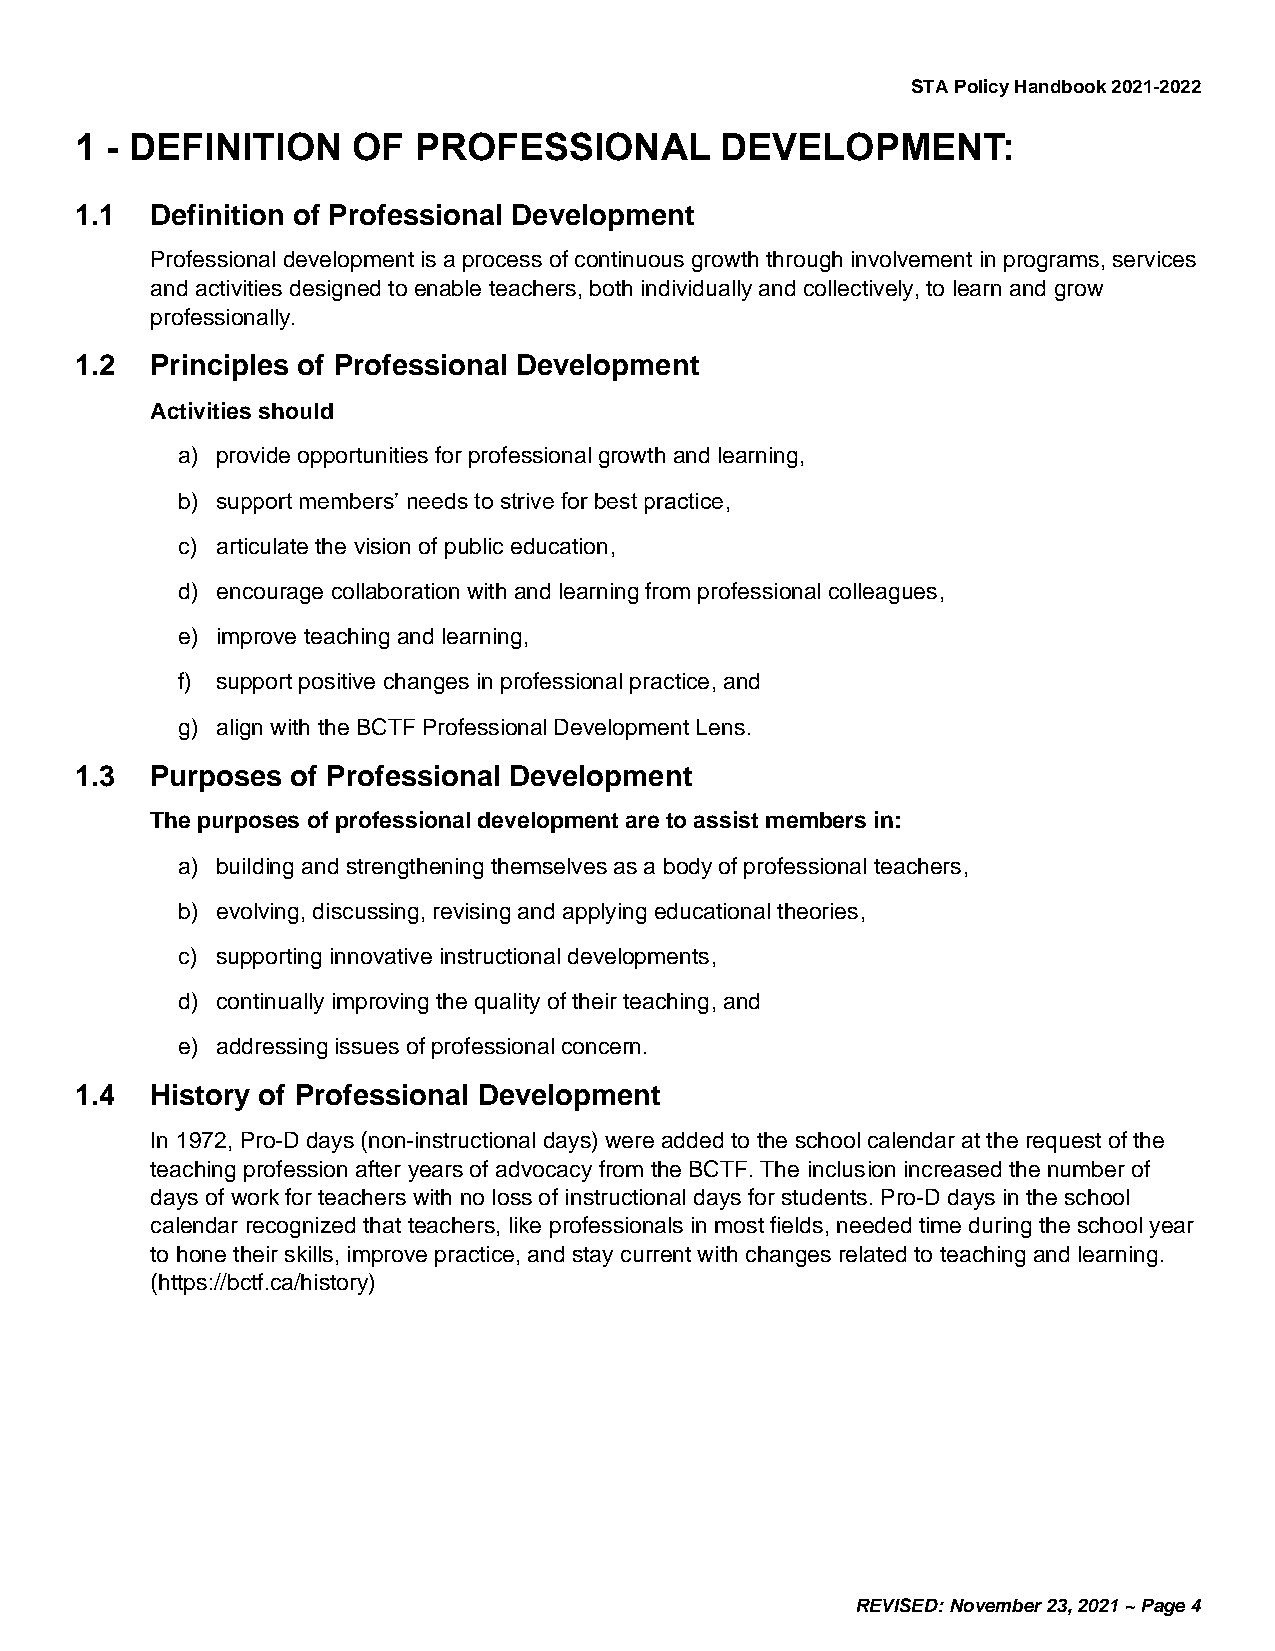
STA Policy Handbook 2021-2022
 1 - DEFINITION    OF  PROFESSIONAL         DEVELOPMENT:
 1.1  Definition of Professional Development
 Professional development is a process of continuous growth through involvement in programs, services
 and activities designed to enable teachers, both individually and collectively, to learn and grow
 professionally.
 1.2  Principles of Professional Development
 Activities should
 a) provide opportunities for professional growth and learning,
 b) support members’ needs to strive for best practice,
 c) articulate the vision of public education,
 d) encourage collaboration with and learning from professional colleagues,
 e) improve teaching and learning,
 f) support positive changes in professional practice, and
 g) align with the BCTF Professional Development Lens.
 1.3  Purposes of Professional Development
 The purposes of professional development are to assist members in:
 a) building and strengthening themselves as a body of professional teachers,
 b) evolving, discussing, revising and applying educational theories,
 c) supporting innovative instructional developments,
 d) continually improving the quality of their teaching, and
 e) addressing issues of professional concern.
 1.4  History of Professional Development
 In 1972, Pro-D days (non-instructional days) were added to the school calendar at the request of the
 teaching profession after years of advocacy from the BCTF. The inclusion increased the number of
 days of work for teachers with no loss of instructional days for students. Pro-D days in the school
 calendar recognized that teachers, like professionals in most fields, needed time during the school year
 to hone their skills, improve practice, and stay current with changes related to teaching and learning.
 (https://bctf.ca/history)
 REVISED: November 23, 2021 ~ Page 4